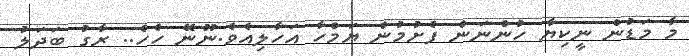
މާ މަޑުން ނީކިޔާ ހުންނަން ފެށުމުން ޔަމްހާ އަހާލިއެވެ.ނޫނޭ ހެހެ.. ރާގު ބަދަލު